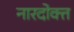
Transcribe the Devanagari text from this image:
नारदोक्त